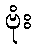
ဗုံး